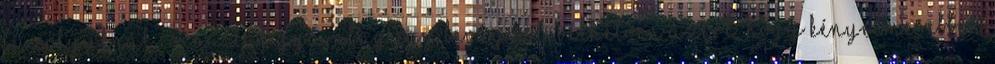
fűzőlyuknál csináltak gyárilag egy bevágást, vélhetően azért, hogy kényelmesebben